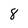
Character: 8